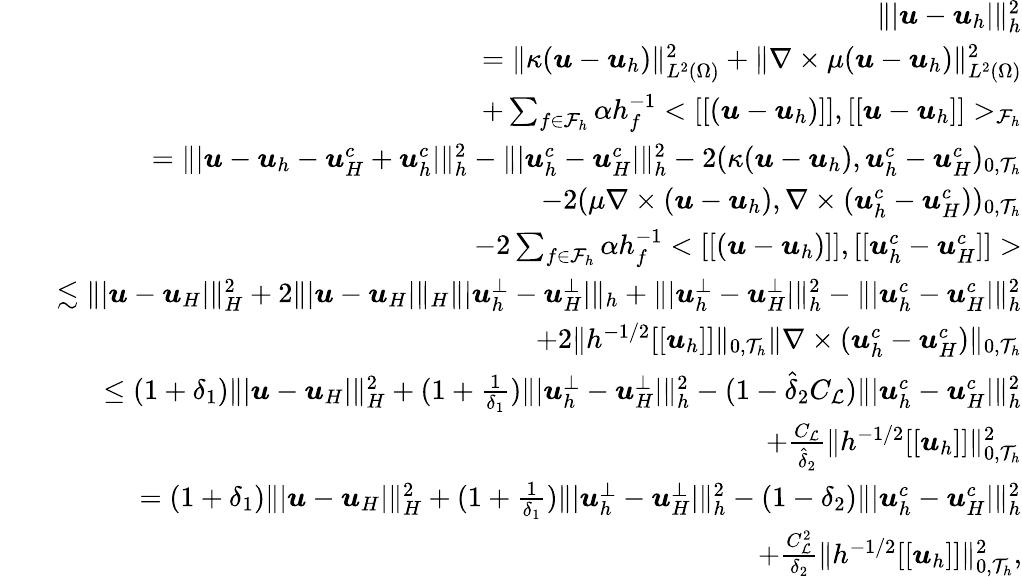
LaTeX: \begin{array}{rlr}&{}&{\| \vert\boldsymbol{u}-\boldsymbol{u}_{h}\vert\| _{h}^{2}}\\ &{}&{=\| \kappa(\boldsymbol{u}-\boldsymbol{u}_{h})\| _{L^{2}(\Omega)}^{2}+\| \nabla\times\mu(\boldsymbol{u}-\boldsymbol{u}_{h})\| _{L^{2}(\Omega)}^{2}}\\ &{}&{\quad+\sum_{f\in\mathcal{F}_{h}}\alpha h_{f}^{-1}<[[(\boldsymbol{u}-\boldsymbol{u}_{h})]],[[\boldsymbol{u}-\boldsymbol{u}_{h}]]>_{\mathcal{F}_{h}}}\\ &{}&{=\| \vert\boldsymbol{u}-\boldsymbol{u}_{h}-\boldsymbol{u}_{H}^{c}+\boldsymbol{u}_{h}^{c}\vert\| _{h}^{2}-\| \vert\boldsymbol{u}_{h}^{c}-\boldsymbol{u}_{H}^{c}\vert\| _{h}^{2}-2(\kappa(\boldsymbol{u}-\boldsymbol{u}_{h}),\boldsymbol{u}_{h}^{c}-\boldsymbol{u}_{H}^{c})_{0,\mathcal{T}_{h}}}\\ &{}&{\quad-2(\mu\nabla\times(\boldsymbol{u}-\boldsymbol{u}_{h}),\nabla\times(\boldsymbol{u}_{h}^{c}-\boldsymbol{u}_{H}^{c}))_{0,\mathcal{T}_{h}}}\\ &{}&{\quad-2\sum_{f\in\mathcal{F}_{h}}\alpha h_{f}^{-1}<[[(\boldsymbol{u}-\boldsymbol{u}_{h})]],[[\boldsymbol{u}_{h}^{c}-\boldsymbol{u}_{H}^{c}]]>}\\ &{}&{\lesssim\| \vert\boldsymbol{u}-\boldsymbol{u}_{H}\vert\| _{H}^{2}+2\| \vert\boldsymbol{u}-\boldsymbol{u}_{H}\vert\| _{H}\| \vert\boldsymbol{u}_{h}^{\bot}-\boldsymbol{u}_{H}^{\bot}\vert\| _{h}+\| \vert\boldsymbol{u}_{h}^{\bot}-\boldsymbol{u}_{H}^{\bot}\vert\| _{h}^{2}-\| \vert\boldsymbol{u}_{h}^{c}-\boldsymbol{u}_{H}^{c}\vert\| _{h}^{2}}\\ &{}&{\quad+2\| h^{-1/2}[[\boldsymbol{u}_{h}]]\| _{0,\mathcal{T}_{h}}\| \nabla\times(\boldsymbol{u}_{h}^{c}-\boldsymbol{u}_{H}^{c})\| _{0,\mathcal{T}_{h}}}\\ &{}&{\leq(1+\delta_{1})\| \vert\boldsymbol{u}-\boldsymbol{u}_{H}\vert\| _{H}^{2}+(1+\frac{1}{\delta_{1}})\| \vert\boldsymbol{u}_{h}^{\bot}-\boldsymbol{u}_{H}^{\bot}\vert\| _{h}^{2}-(1-\hat{\delta}_{2}C_{\mathcal{L}})\| \vert\boldsymbol{u}_{h}^{c}-\boldsymbol{u}_{H}^{c}\vert\| _{h}^{2}}\\ &{}&{\quad+\frac{C_{\mathcal{L}}}{\hat{\delta}_{2}}\| h^{-1/2}[[\boldsymbol{u}_{h}]]\| _{0,\mathcal{T}_{h}}^{2}}\\ &{}&{=(1+\delta_{1})\| \vert\boldsymbol{u}-\boldsymbol{u}_{H}\vert\| _{H}^{2}+(1+\frac{1}{\delta_{1}})\| \vert\boldsymbol{u}_{h}^{\bot}-\boldsymbol{u}_{H}^{\bot}\vert\| _{h}^{2}-(1-{\delta}_{2})\| \vert\boldsymbol{u}_{h}^{c}-\boldsymbol{u}_{H}^{c}\vert\| _{h}^{2}}\\ &{}&{\quad+\frac{C_{\mathcal{L}}^{2}}{{\delta}_{2}}\| h^{-1/2}[[\boldsymbol{u}_{h}]]\| _{0,\mathcal{T}_{h}}^{2},}\end{array}